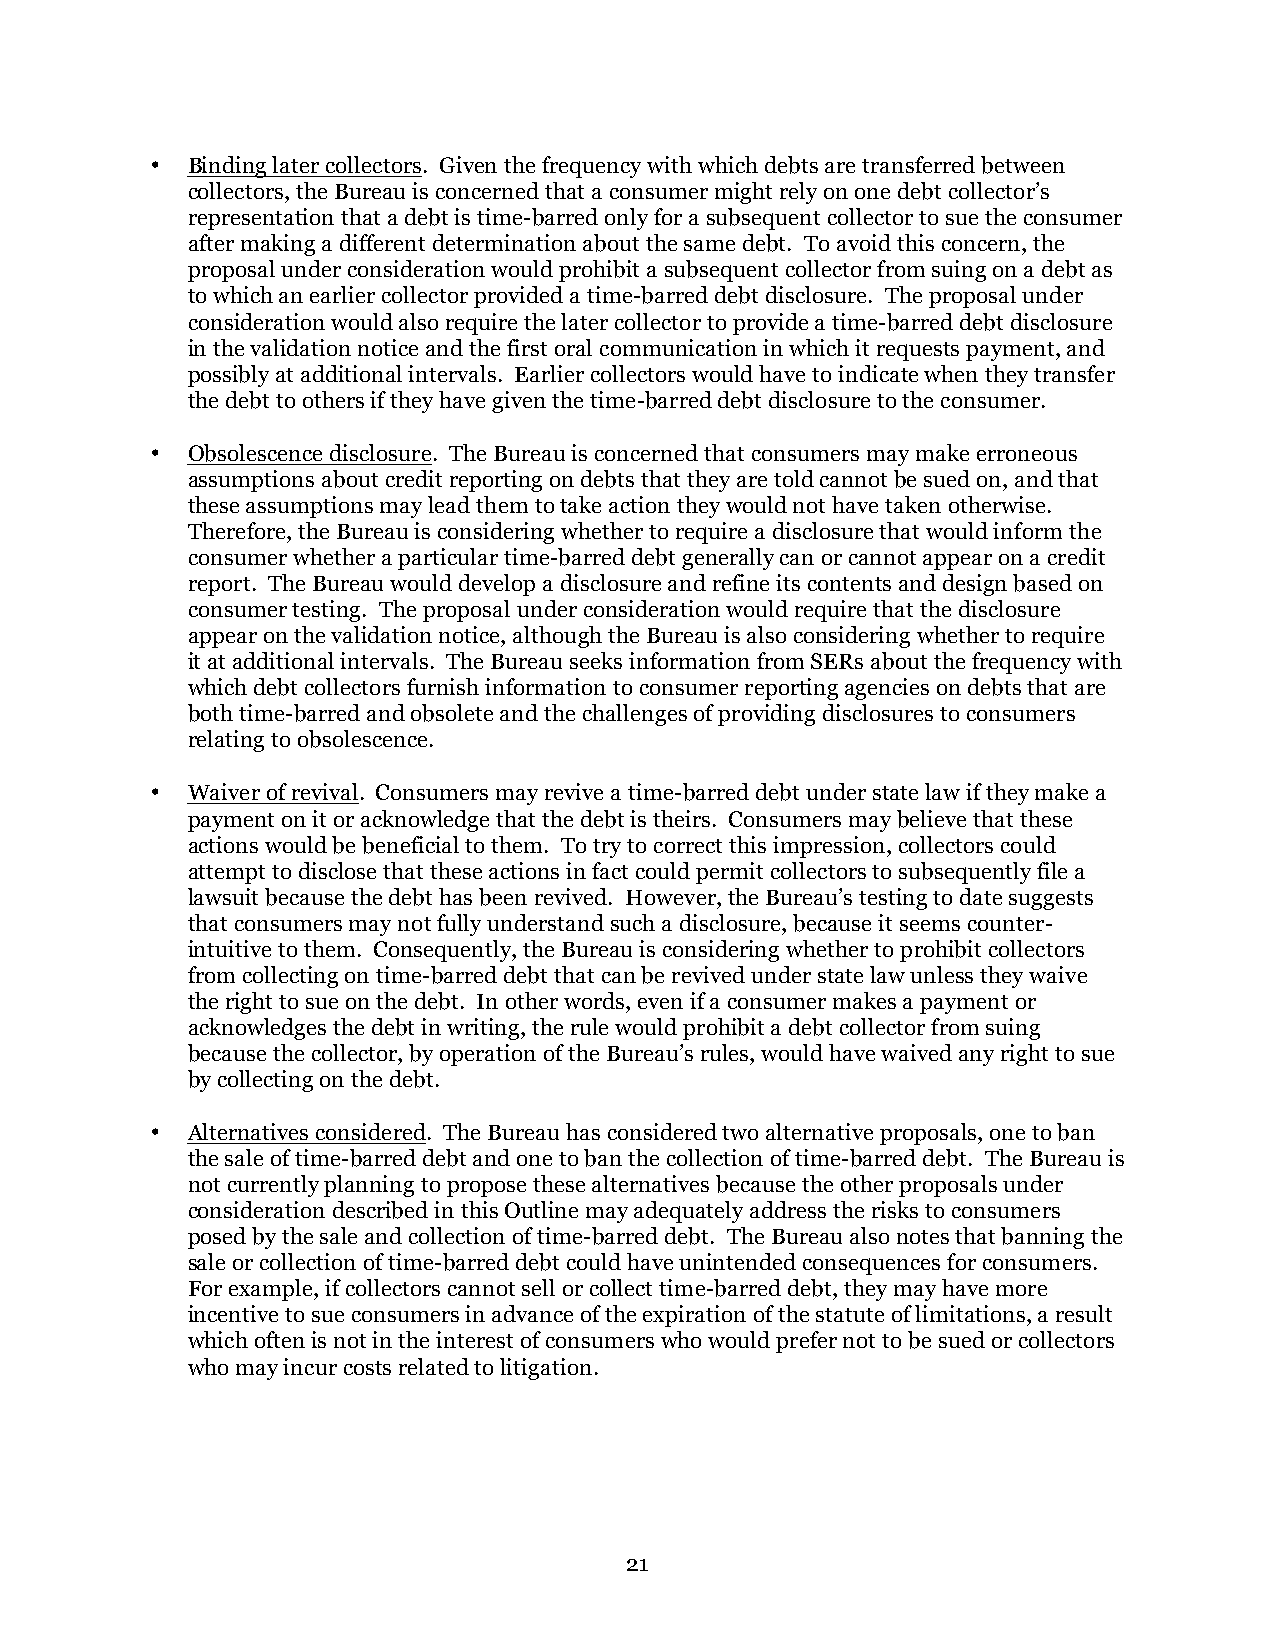
• Binding later collectors. Given the frequency with which debts are transferred between
 collectors, the Bureau is concerned that a consumer might rely on one debt collector’s
 representation that a debt is time-barred only for a subsequent collector to sue the consumer
 after making a different determination about the same debt. To avoid this concern, the
 proposal under consideration would prohibit a subsequent collector from suing on a debt as
 to which an earlier collector provided a time-barred debt disclosure. The proposal under
 consideration would also require the later collector to provide a time-barred debt disclosure
 in the validation notice and the first oral communication in which it requests payment, and
 possibly at additional intervals. Earlier collectors would have to indicate when they transfer
 the debt to others if they have given the time-barred debt disclosure to the consumer.
 • Obsolescence disclosure. The Bureau is concerned that consumers may make erroneous
 assumptions about credit reporting on debts that they are told cannot be sued on, and that
 these assumptions may lead them to take action they would not have taken otherwise.
 Therefore, the Bureau is considering whether to require a disclosure that would inform the
 consumer whether a particular time-barred debt generally can or cannot appear on a credit
 report. The Bureau would develop a disclosure and refine its contents and design based on
 consumer testing. The proposal under consideration would require that the disclosure
 appear on the validation notice, although the Bureau is also considering whether to require
 it at additional intervals. The Bureau seeks information from SERs about the frequency with
 which debt collectors furnish information to consumer reporting agencies on debts that are
 both time-barred and obsolete and the challenges of providing disclosures to consumers
 relating to obsolescence.
 • Waiver of revival. Consumers may revive a time-barred debt under state law if they make a
 payment on it or acknowledge that the debt is theirs. Consumers may believe that these
 actions would be beneficial to them. To try to correct this impression, collectors could
 attempt to disclose that these actions in fact could permit collectors to subsequently file a
 lawsuit because the debt has been revived. However, the Bureau’s testing to date suggests
 that consumers may not fully understand such a disclosure, because it seems counter-
 intuitive to them. Consequently, the Bureau is considering whether to prohibit collectors
 from collecting on time-barred debt that can be revived under state law unless they waive
 the right to sue on the debt. In other words, even if a consumer makes a payment or
 acknowledges the debt in writing, the rule would prohibit a debt collector from suing
 because the collector, by operation of the Bureau’s rules, would have waived any right to sue
 by collecting on the debt.
 • Alternatives considered. The Bureau has considered two alternative proposals, one to ban
 the sale of time-barred debt and one to ban the collection of time-barred debt. The Bureau is
 not currently planning to propose these alternatives because the other proposals under
 consideration described in this Outline may adequately address the risks to consumers
 posed by the sale and collection of time-barred debt. The Bureau also notes that banning the
 sale or collection of time-barred debt could have unintended consequences for consumers.
 For example, if collectors cannot sell or collect time-barred debt, they may have more
 incentive to sue consumers in advance of the expiration of the statute of limitations, a result
 which often is not in the interest of consumers who would prefer not to be sued or collectors
 who may incur costs related to litigation.
 21